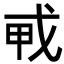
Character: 𢦦